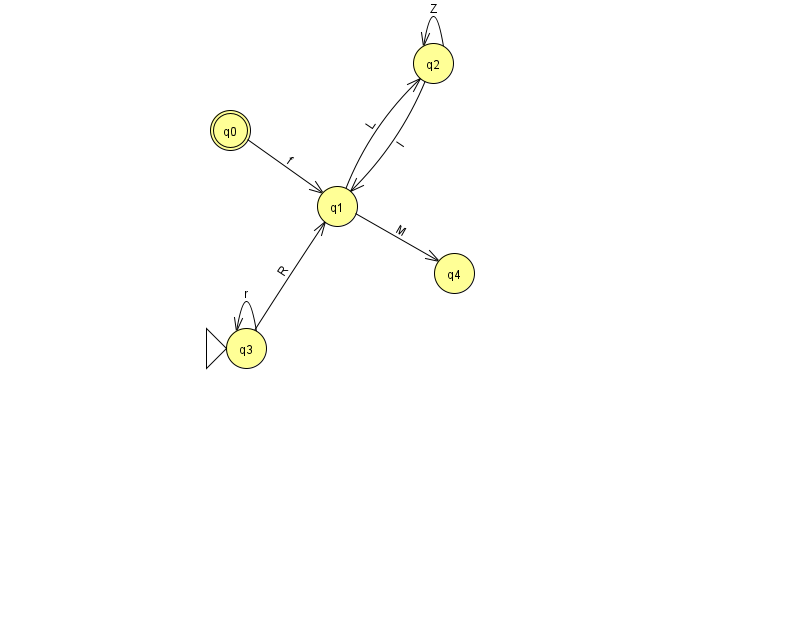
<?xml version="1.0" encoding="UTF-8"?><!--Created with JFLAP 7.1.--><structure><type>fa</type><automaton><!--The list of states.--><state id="0" name="q0"><x>230.0</x><y>117.0</y><final/></state><state id="1" name="q1"><x>337.0</x><y>193.0</y></state><state id="2" name="q2"><x>433.0</x><y>50.0</y></state><state id="3" name="q3"><x>246.0</x><y>335.0</y><initial/></state><state id="4" name="q4"><x>454.0</x><y>260.0</y></state><!--The list of transitions.--><transition><from>3</from><to>3</to><read>r</read></transition><transition><from>2</from><to>2</to><read>Z</read></transition><transition><from>2</from><to>1</to><read>I</read></transition><transition><from>1</from><to>4</to><read>M</read></transition><transition><from>3</from><to>1</to><read>R</read></transition><transition><from>1</from><to>2</to><read>L</read></transition><transition><from>0</from><to>1</to><read>f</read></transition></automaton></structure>